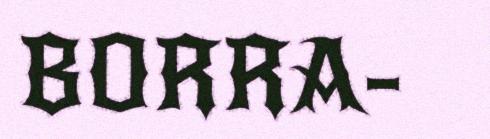
BORRA-